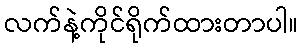
လက်နဲ့ကိုင်ရိုက်ထားတာပါ။